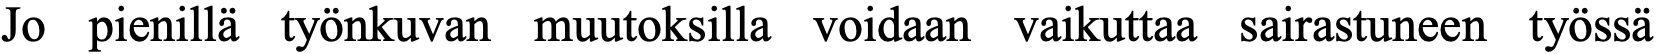
Jo pienillä työnkuvan muutoksilla voidaan vaikuttaa sairastuneen työssä